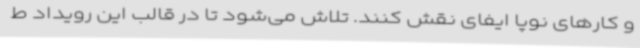
و کارهای نوپا ایفای نقش کنند. تلاش می‌شود تا در قالب این رویداد ط